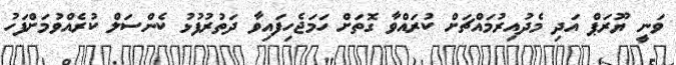
ވަނީ ޔޫރަޕް އަދި މެދުއިރުމައްޗަށް ކުރައްވާ ގޮތަށް ހަމަޖެހިފައިވާ ދަތުރުފުޅު ކެންސަލް ކުރެއްވުމަށްފަހު